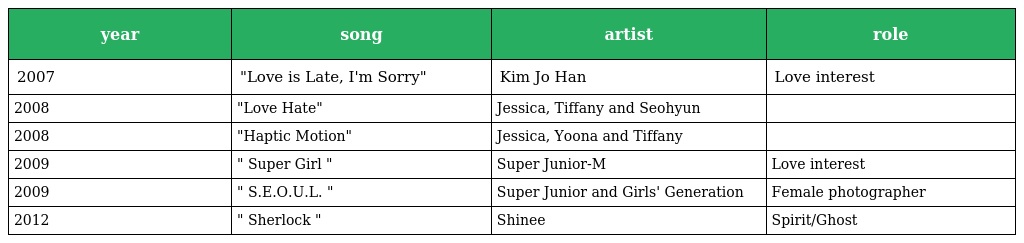
| year | song | artist | role |
 | --- | --- | --- | --- |
 | 2007 | "Love is Late, I'm Sorry" | Kim Jo Han | Love interest |
 | 2008 | "Love Hate" | Jessica, Tiffany and Seohyun |  |
 | 2008 | "Haptic Motion" | Jessica, Yoona and Tiffany |  |
 | 2009 | " Super Girl " | Super Junior-M | Love interest |
 | 2009 | " S.E.O.U.L. " | Super Junior and Girls' Generation | Female photographer |
 | 2012 | " Sherlock " | Shinee | Spirit/Ghost |